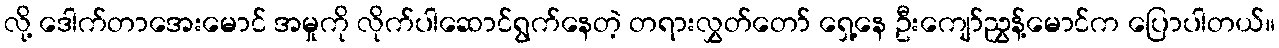
လို့ ဒေါက်တာအေးမောင် အမှုကို လိုက်ပါဆောင်ရွက်နေတဲ့ တရားလွှတ်တော် ရှေ့နေ ဦးကျော်ညွှန့်မောင်က ပြောပါတယ်။